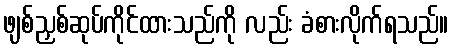
ဖျစ်ညှစ်ဆုပ်ကိုင်ထားသည်ကို လည်း ခံစားလိုက်ရသည်။